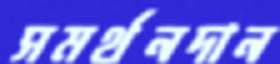
সমর্থনদান